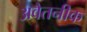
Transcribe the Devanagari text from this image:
अवेतनीक